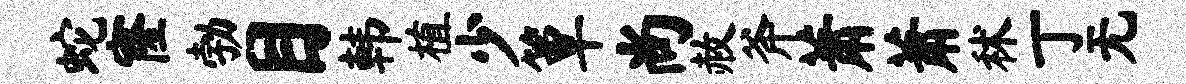
蛇窿勃目韩植少簟尚赦斧萧萧秫丁无